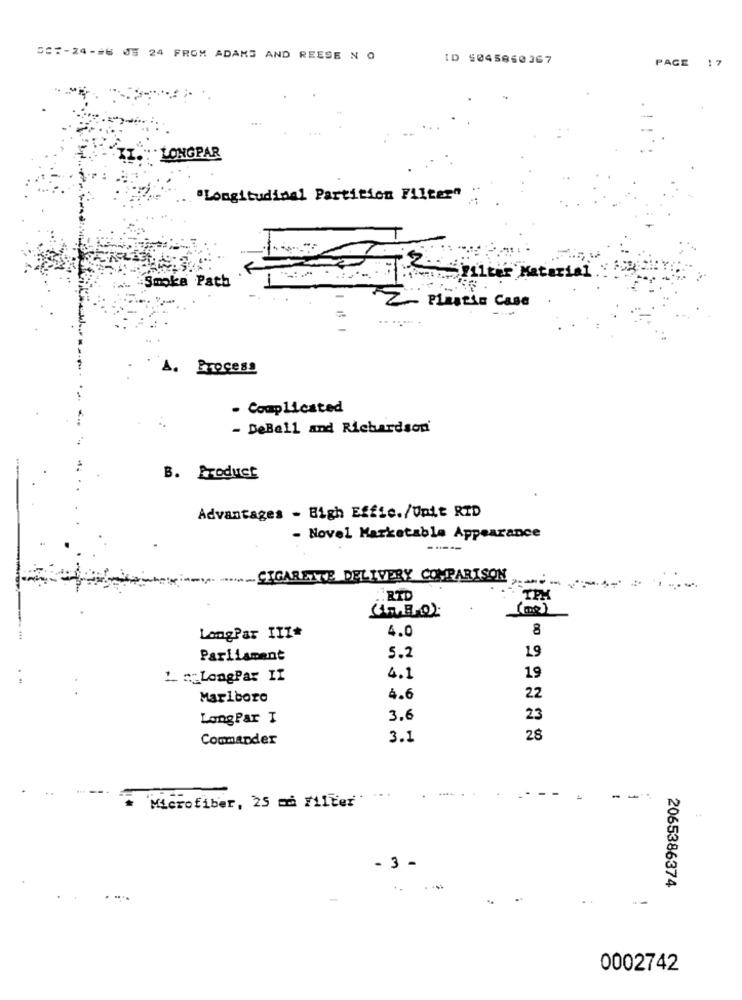
507-24-26 05 24 FROM ADAMS AND REESE N O
ID 5045850367
PAGE 17
. LONGPAR
"Longitudinal Partition Filter"
2.
·Smoke Path
-Filter Material
~ PLASTSE Case
A. Process
- Complicated
- DeBall and Richardson
B. Product
Advantages - Bigh Effic./Unit RID
- Novel Marketable Appearance
----
CIGARETTE DELIVERY COMPARISON
==== ===-
RTD
TPX
(00)
4.0
8
LangPar III#
Parliament
5.2
19
Le_LongPar II
4.1
19
Marlboro
4.6
22
LongPar I
3.6
23
Commander
3.1
28
..
Microfiber, 25 ma Filter .
-
- 3 -
2065386374
0002742